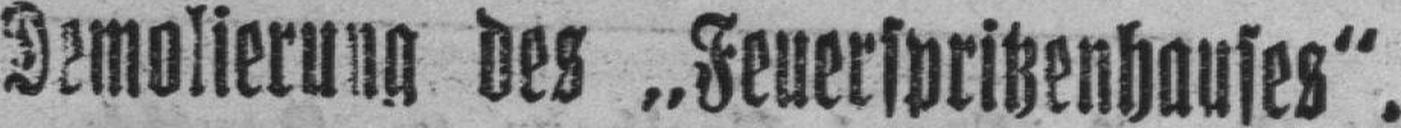
Demolierung des „Feuerspritzenhauses“.